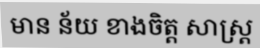
មាន ន័យ ខាងចិត្ត សាស្ត្រ